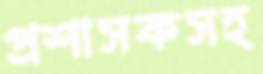
প্রশাসকসহ